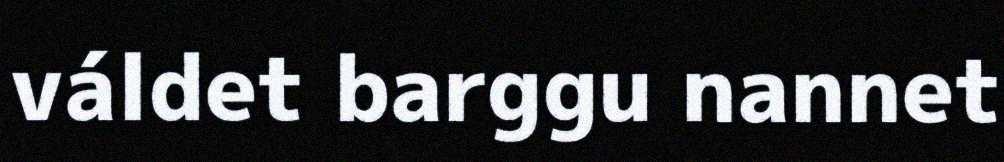
váldet barggu nannet